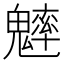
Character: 𩴐